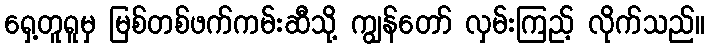
ရှေ့တူရူမှ မြစ်တစ်ဖက်ကမ်းဆီသို့ ကျွန်တော် လှမ်းကြည့် လိုက်သည်။